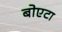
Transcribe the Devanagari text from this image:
बोएटा